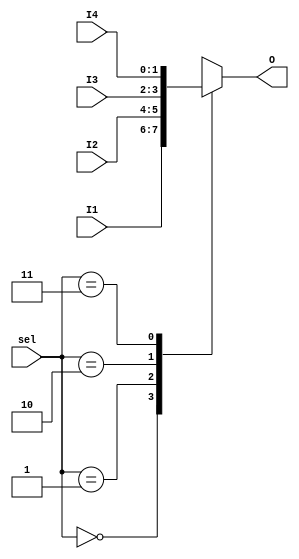
`timescale 1ns / 1ps

module MUX_full_parallel(
    input [1:0] sel,
    input [1:0] I1,
    input [1:0] I2,
    input [1:0] I3,
    input [1:0] I4,
    output reg [1:0] O
    );
	 
	 always @ (sel or I1 or I2 or I3 or I4) begin
		case(sel)
			2'b00: O = I1;
			2'b01: O = I2;
			2'b10: O = I3;
			2'b11: O = I4;
		endcase
	 end
	 


endmodule